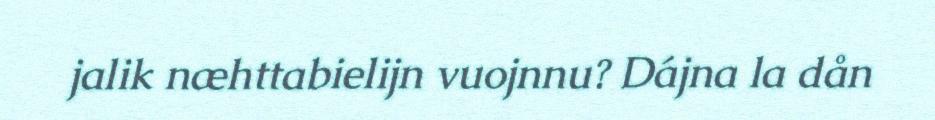
jalik næhttabielijn vuojnnu? Dájna la dån